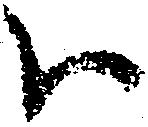
ハ